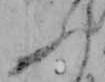
ふ